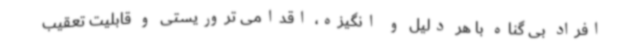
افراد بی گناه با هر دلیل و انگیزه، اقدامی تروریستی و قابلیت تعقیب